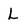
Character: L